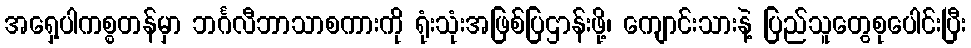
အရှေ့ပါကစ္စတန်မှာ ဘင်္ဂလီဘာသာစကားကို ရုံးသုံးအဖြစ်ပြဌာန်းဖို့၊ ကျောင်းသားနဲ့ ပြည်သူတွေစုပေါင်းပြီး